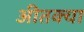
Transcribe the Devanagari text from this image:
अीतक्या